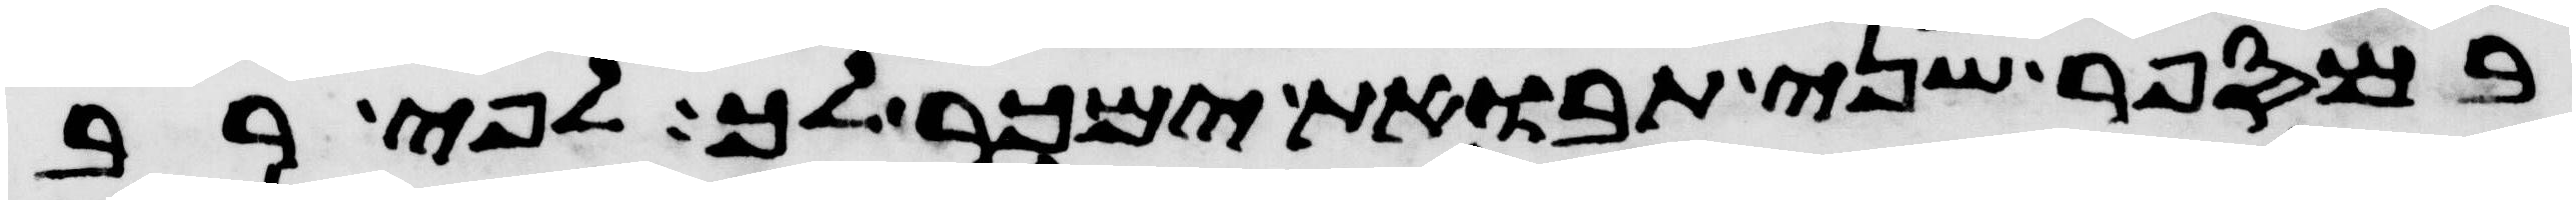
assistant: במספר שני תבואת ימכר לך לפי רב